Lunatic asylums in Bengal annual reports 1899-1911 - 1899-1911
Year: 1899
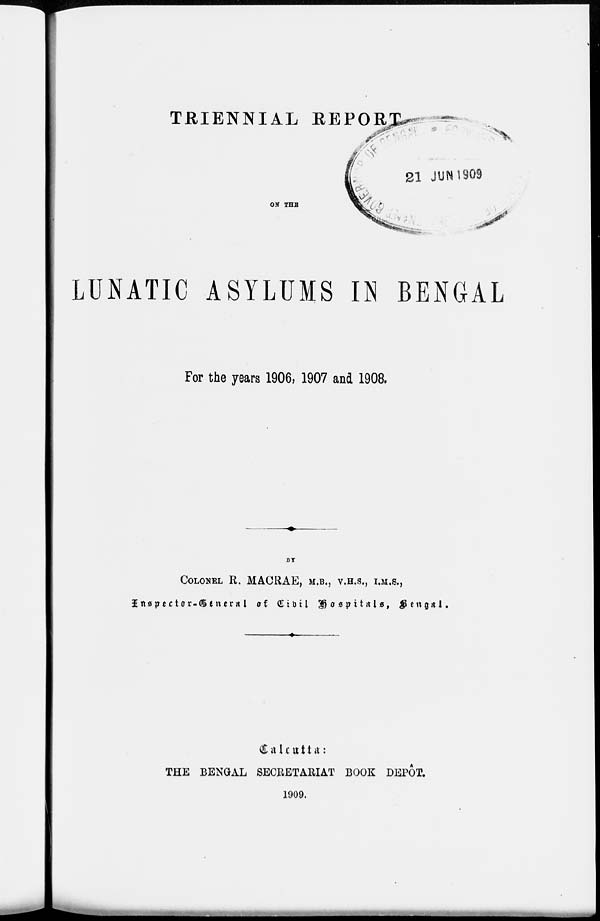
TRIENNIAL REPORT
ON THE
LUNATIC ASYLUMS IN BENGAL
For the years 1906, 1907 and 1908.
BY
COLONEL R. MACRAE, M.B., V.H.S., I.M.S.,
Inspector-General of Civil Hospitals,
Bengal.
Calcutta:
THE BENGAL SECRETARIAT BOOK DEPOT.
1909.